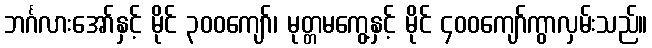
ဘင်္ဂလားအော်နှင့် မိုင် ၃၀၀ကျော်၊ မုတ္တမကွေ့နှင့် မိုင် ၄၀၀ကျော်ကွာလှမ်းသည်။